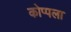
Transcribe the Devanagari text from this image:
कोप्पला